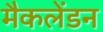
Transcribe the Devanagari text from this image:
मैकलेंडन